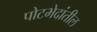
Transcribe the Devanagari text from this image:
पोटभेदांतील